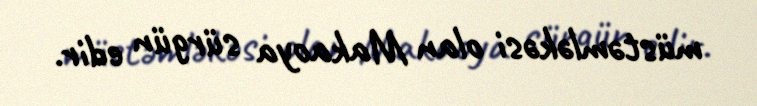
müstəmləkəsi olan Makaoya sürgün edir.